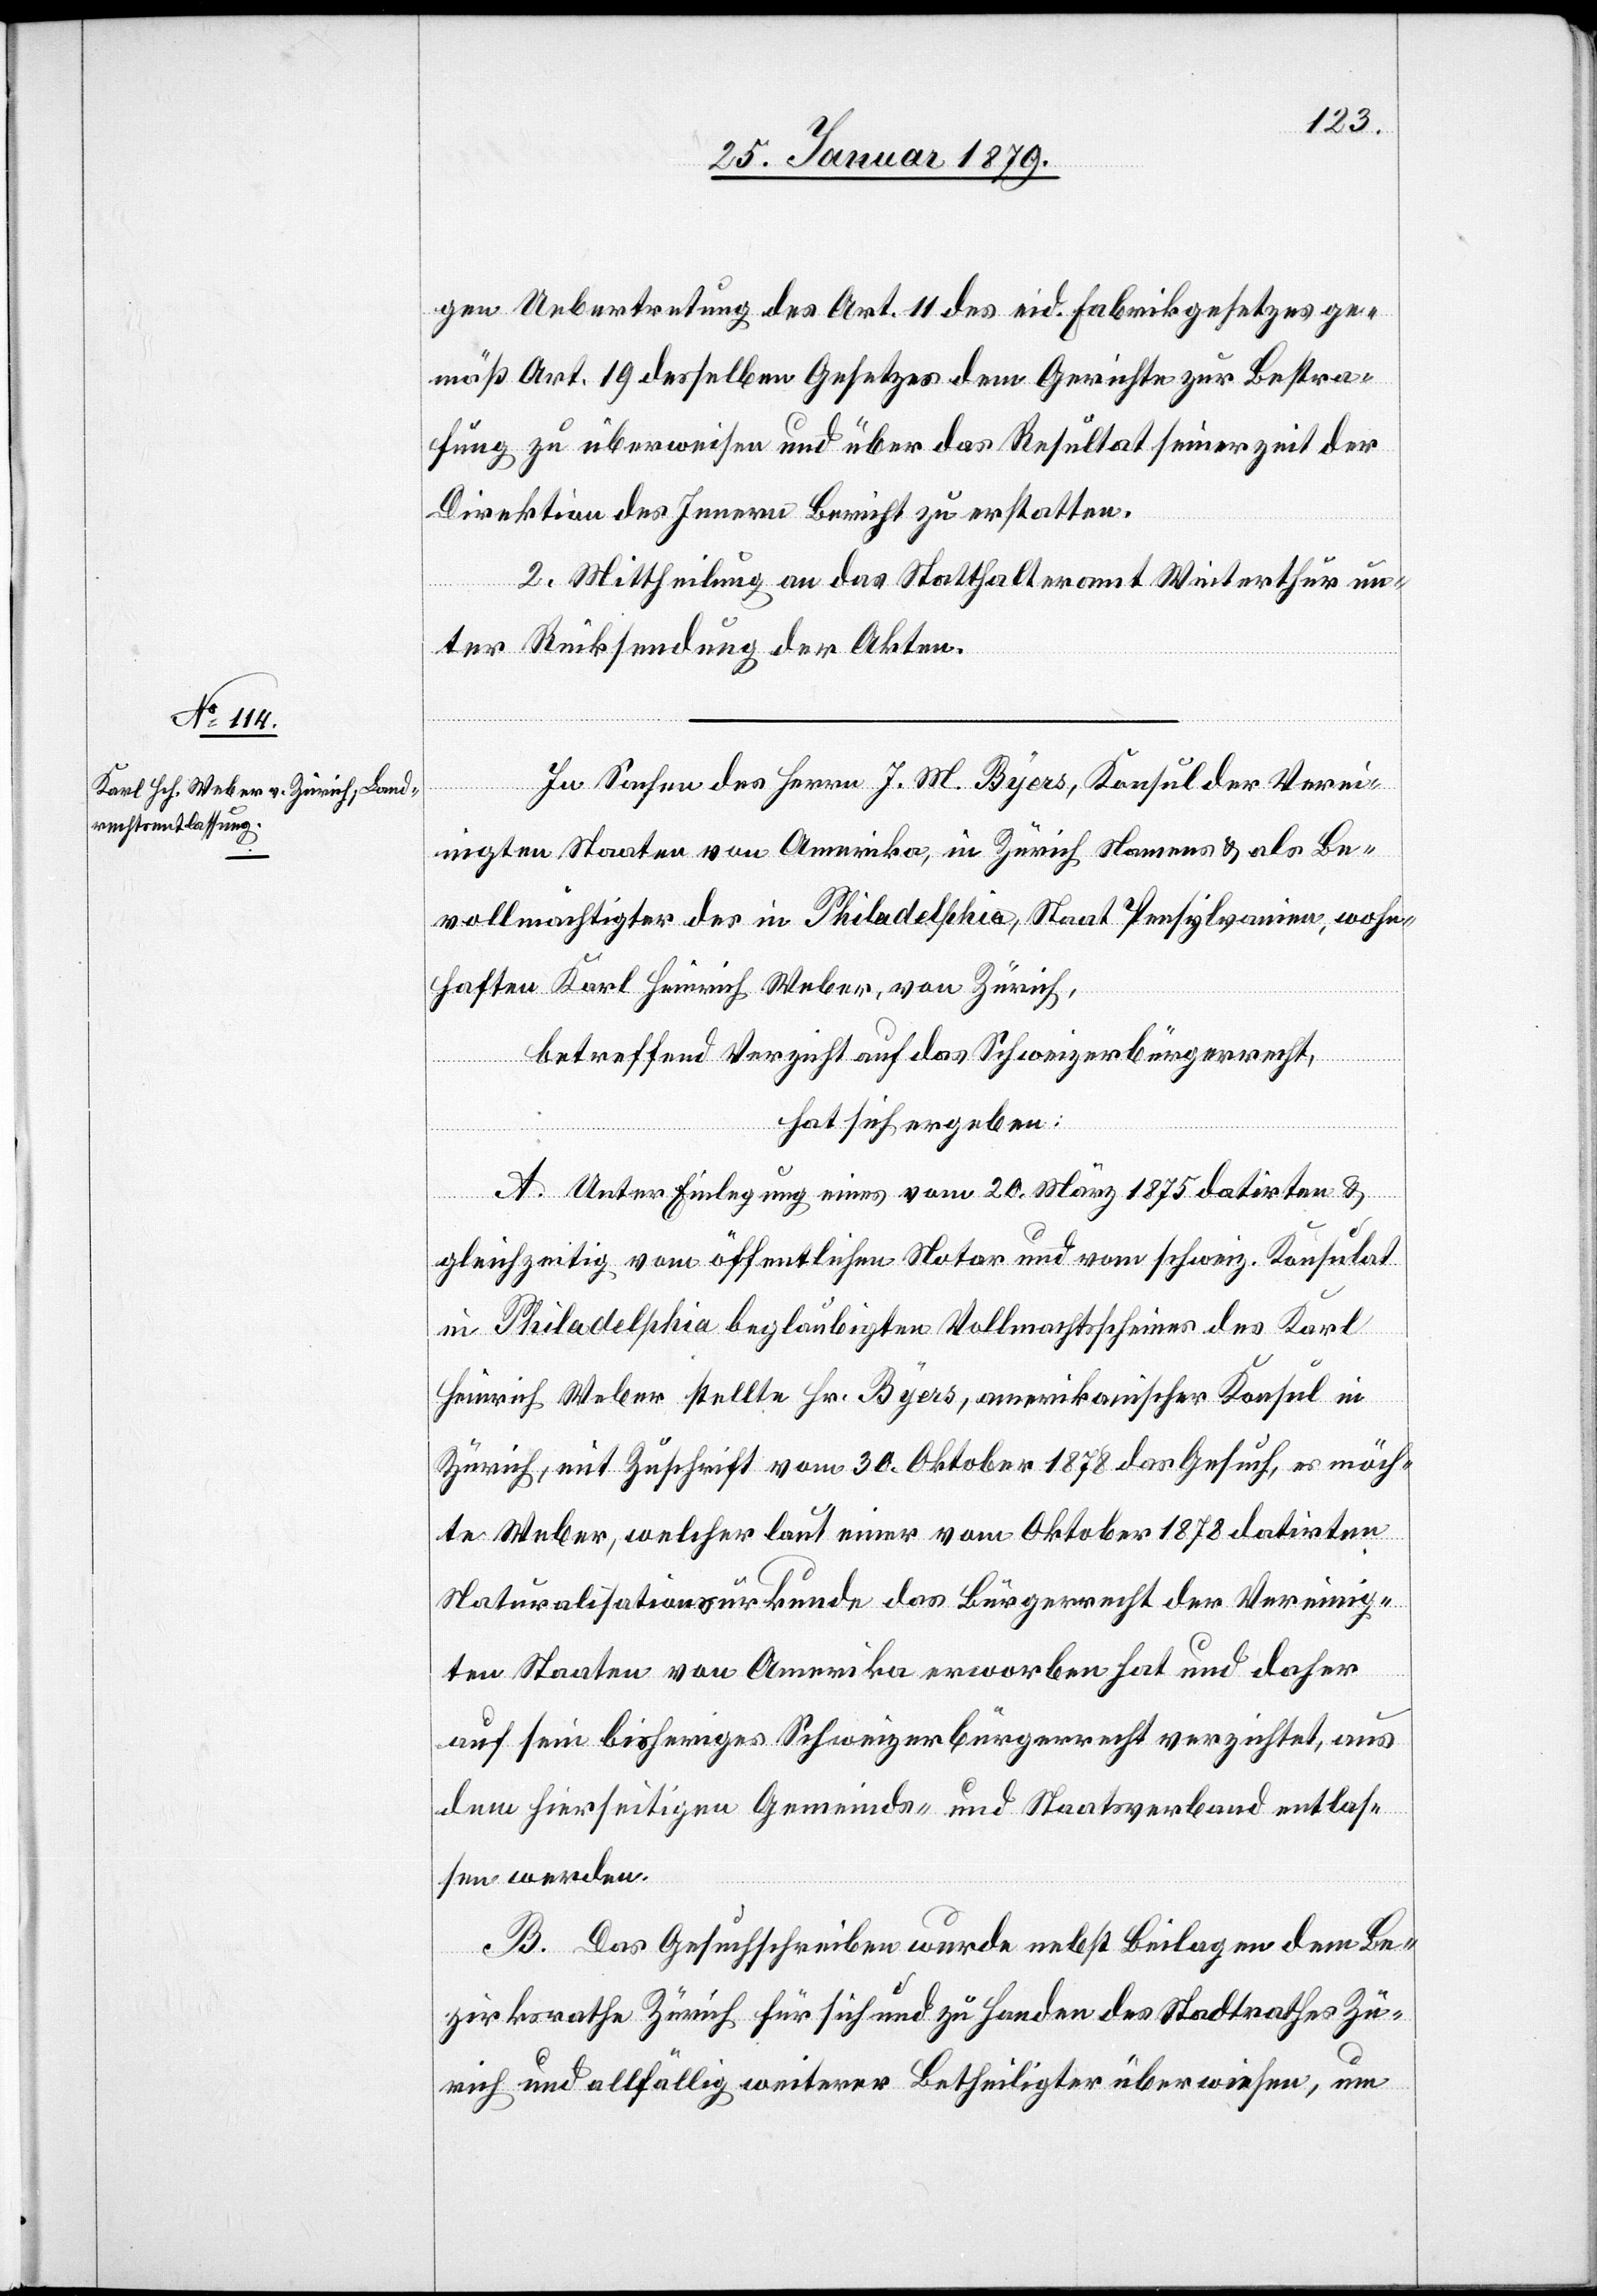
gen Uebertretung des Art. 11 des eid: Fabrikgesetzes ge¬
mäß Art. 19 desselben Gesetzes dem Gerichte zur Bestra¬
fung zu überweisen und über das Resultat seinerzeit der
Direktion des Innern Bericht zu erstatten.
2. Mittheilung an das Statthalteramt Winterthur un¬
ter Rücksendung der Akten.
In Sachen des Herrn J. M. Byers, Konsul der Verei¬
nigten Staaten von Amerika, in Zürich Namens & als Be¬
vollmächtigter des in Philadelphia, Staat Pensylvanien, wohn¬
haften Karl Heinrich Weber, von Zürich,
betreffend Verzicht auf das Schweizerbürgerrecht,
hat sich ergeben:
A. Unter Einlegung eines vom 20. März 1875 datirten &
gleichzeitig vom öffentlichen Notar und vom schweiz. Konsulat
in Philadelphia beglaubigten Vollmachtsscheines des Karl
Heinrich Weber stellte Hr. Byers, amerikanischer Konsul in
Zürich, mit Zuschrift vom 30. Oktober 1878 des Gesuch, es möch¬
te Weber, welcher laut einer vom Oktober 1878 datirten
Naturalisationsurkunde das Bürgerrecht der Vereinig¬
ten Staaten von Amerika erworben hat und daher
auf sein bisheriges Schweizerbürgerrecht verzichtet, aus
dem hierseitigen Gemeinds- und Staatsverband entlas¬
sen werden.
B. Das Gesuchschreiben wurde nebst Beilagen dem Be¬
zirksrathe Zürich für sich und zu Handen des Stadtrathes Zü¬
rich und allfällig weiterer Betheiligter überwiesen, um